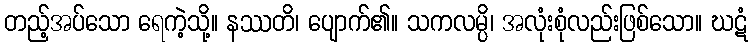
တည့်အပ်သော ရေကဲ့သို့။ နဿတိ၊ ပျောက်၏။ သကလမ္ပိ၊ အလုံးစုံလည်းဖြစ်သော။ ဃဋံ